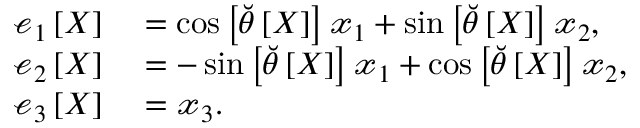
\begin{array} { r l } { \boldsymbol { \mathscr { e } } _ { 1 } \left[ X \right] } & { { } = \cos \left[ \breve { \theta } \left[ X \right] \right] \boldsymbol { \mathscr { x } } _ { 1 } + \sin \left[ \breve { \theta } \left[ X \right] \right] \boldsymbol { \mathscr { x } } _ { 2 } , } \\ { \boldsymbol { \mathscr { e } } _ { 2 } \left[ X \right] } & { { } = - \sin \left[ \breve { \theta } \left[ X \right] \right] \boldsymbol { \mathscr { x } } _ { 1 } + \cos \left[ \breve { \theta } \left[ X \right] \right] \boldsymbol { \mathscr { x } } _ { 2 } , } \\ { \boldsymbol { \mathscr { e } } _ { 3 } \left[ X \right] } & { { } = \boldsymbol { \mathscr { x } } _ { 3 } . } \end{array}